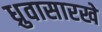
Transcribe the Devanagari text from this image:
ध्रुवासारखे